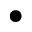
\bullet